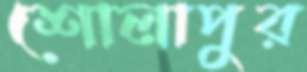
শোলাপুর